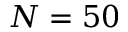
N = 5 0